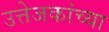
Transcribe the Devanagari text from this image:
उत्तेजकांच्या